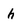
Character: h